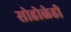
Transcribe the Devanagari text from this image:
सोहोळेही